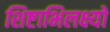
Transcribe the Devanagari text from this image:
शिष्टाभिलक्ष्यो